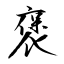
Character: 褒